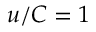
u / C = 1